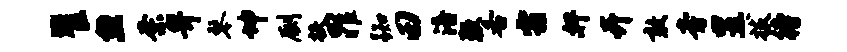
瞿忽奈畀琴坤劂扶罪踟田涪鞭各霜奸卉敢旁昱拔待